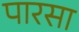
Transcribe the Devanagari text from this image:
पारसा